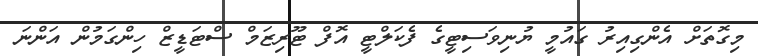
މިގޮތަށް އެންގިއިރު ގައުމީ ޔުނިވަސިޓީގެ ފެކަލްޓީ އޮފް ޓޫރިޒަމް ސްޓަޑީޒް ހިންގަމުން އަންނަ